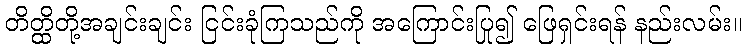
တိတ္ထိတို့အချင်းချင်း ငြင်းခုံကြသည်ကို အကြောင်းပြု၍ ဖြေရှင်းရန် နည်းလမ်း။